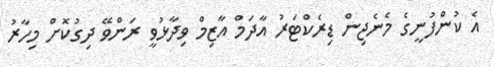
އެ ކުންފުނީގެ މެނެޖިން ޑިރެކްޓަރު އާދަމް އާޒިމް ވިދާޅުވީ ރަންވޭ ދިގުކޮށް މިހާރު